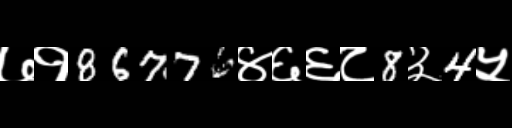
Text: ७१86776४६६८8३4५